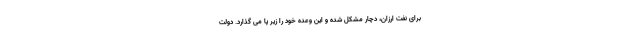
برای نفت ارزان، دچار مشکل شده و این وعده خود را زیر پا می گذارد. دولت